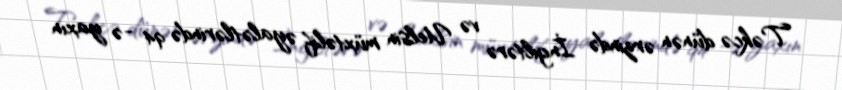
Təkcə dünən ərzində İngiltərə və Uelsin müxtəlif əyalətlərində 94 -ə yaxın